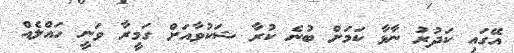
އޭގައި ކަދުރު ނާޅާ ކަމަށް ބުނެ ކުރާ ޝަކުވާއަށް ގަމީރާ ވަނީ ހައްލެއް